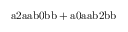
\mathrm { a 2 a a b 0 b b + a 0 a a b 2 b b }